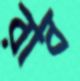
রাব